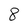
Character: 8